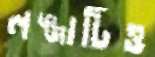
লজ্জাটিও